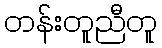
တန်းတူညီတူ